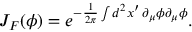
J _ { F } ( \phi ) = e ^ { - \frac { 1 } { 2 \pi } \int d ^ { 2 } x ^ { \prime } \, \partial _ { \mu } \phi \partial _ { \mu } \phi } .